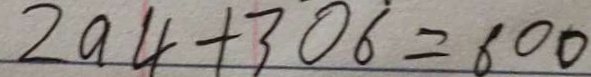
2 9 4 + 3 0 6 = 6 0 0